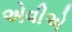
એવીએ